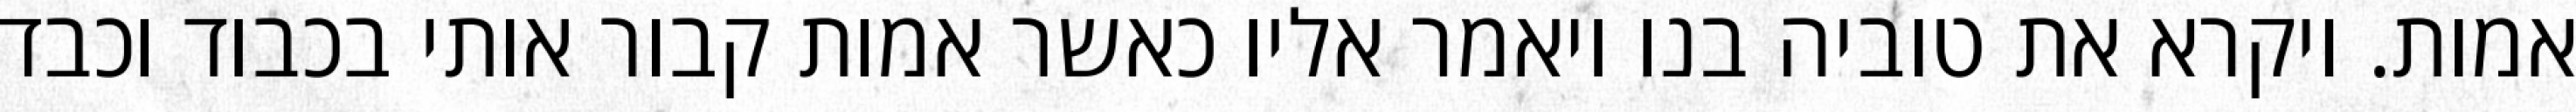
אמות. ויקרא את טוביה בנו ויאמר אליו כאשר אמות קבור אותי בכבוד וכבד